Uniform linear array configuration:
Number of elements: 32
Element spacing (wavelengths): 0.5
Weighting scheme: cosine
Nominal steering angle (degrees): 30
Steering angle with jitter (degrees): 31.579
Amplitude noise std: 0.05
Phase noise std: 0.05

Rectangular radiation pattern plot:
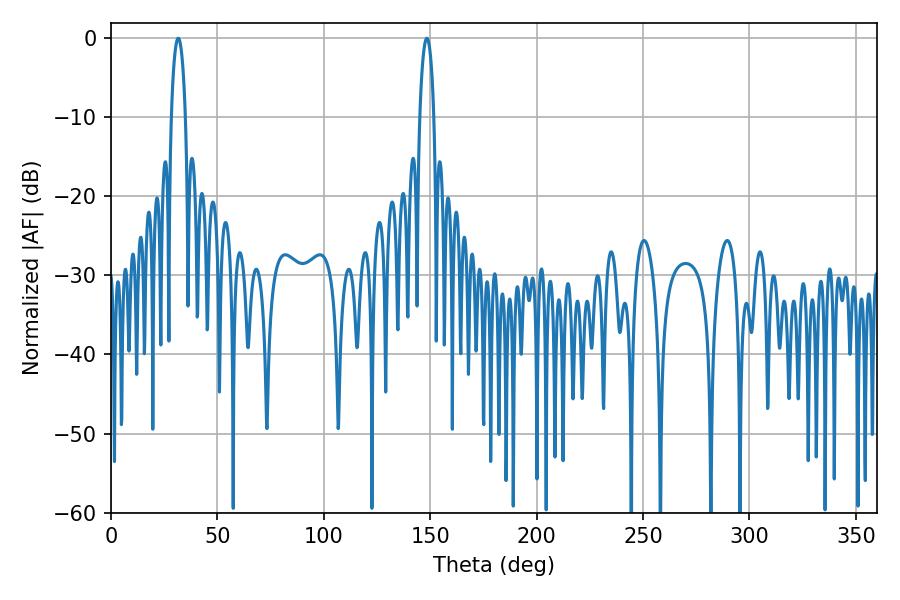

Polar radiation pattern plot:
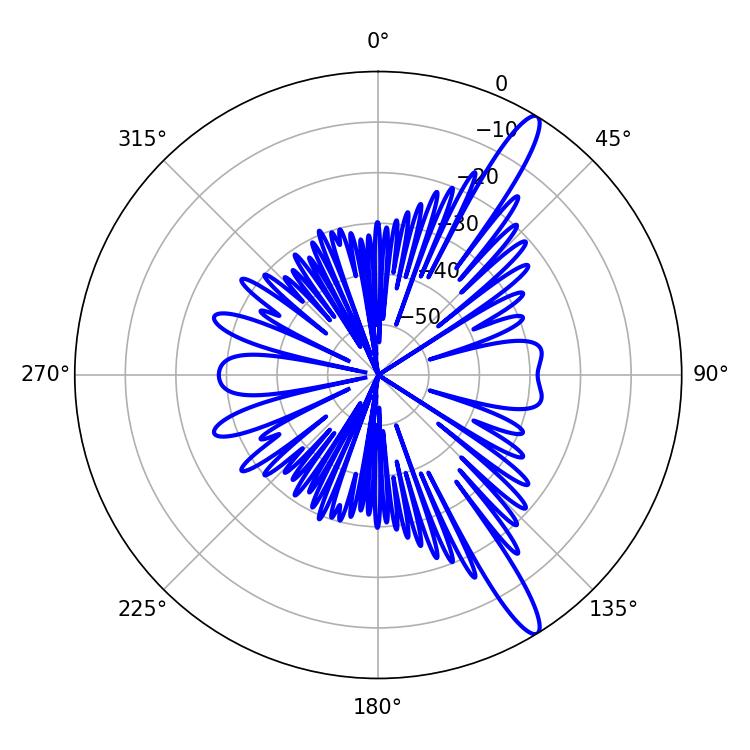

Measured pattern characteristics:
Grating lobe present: FALSE
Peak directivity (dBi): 14.131
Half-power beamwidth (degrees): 3.78
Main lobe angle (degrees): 148.5